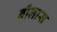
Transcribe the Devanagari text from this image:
बीलास